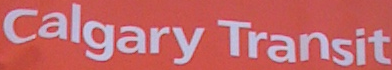
Calgary Transit